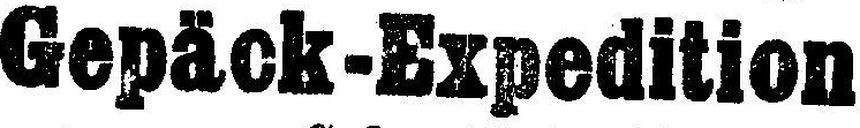
Gepäck-Expedition